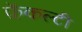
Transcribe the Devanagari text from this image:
फ़ॅकल्टी